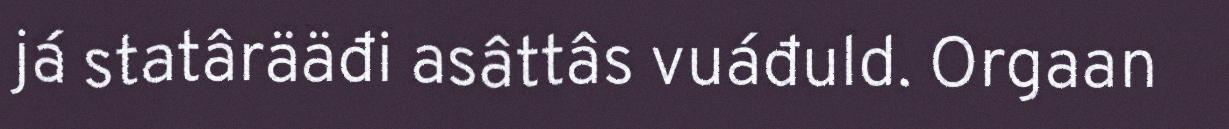
já statârääđi asâttâs vuáđuld. Orgaan